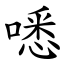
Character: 㗭